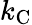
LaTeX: k_{\mathrm{{C}}}